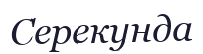
Серекунда